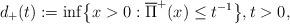
LaTeX: \begin{align*}d_+(t):=\inf\bigl\{x>0: \overline{\Pi}^+(x)\le t^{-1}\bigr\},t>0,\end{align*}